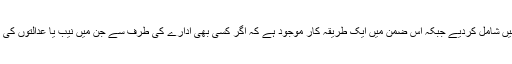
موجودہ حکومت نے محض جے آئی ٹی کی رپورٹ پر ان افراد کے نام ای سی ایل میں شامل کردیے جبکہ اس ضمن میں ایک طریقہ کار موجود ہے کہ اگر کسی بھی ادارے کی طرف سے جن میں نیب یا عدالتوں کی طرف سے نام بھیجے گئے ہوں تو انہی ناموں کو ای سی ایل میں شامل کیا جاتا ہے۔